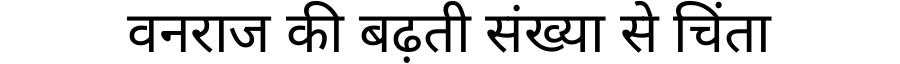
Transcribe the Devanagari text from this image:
वनराज की बढ़ती संख्या से चिंता